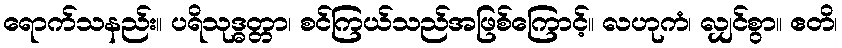
ရောက်သနည်း။ ပရိသုဒ္ဓတ္တာ၊ စင်ကြယ်သည်အဖြစ်ကြောင့်။ လဟုကံ၊ လျှင်စွာ။ ဧတိ၊